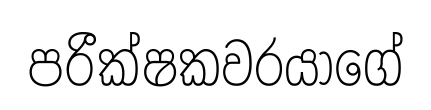
පරීක්ෂකවරයාගේ